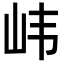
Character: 𫵶